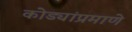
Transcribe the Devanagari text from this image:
कोड्यांप्रमाणे